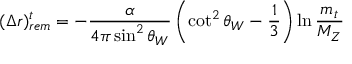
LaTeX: ( \Delta r ) _ { r e m } ^ { t } = - \frac { \alpha } { 4 \pi \sin ^ { 2 } \theta _ { W } } \left( \cot ^ { 2 } \theta _ { W } - \frac { 1 } { 3 } \right) \ln { \frac { m _ { t } } { M _ { Z } } }